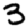
Digit: 3